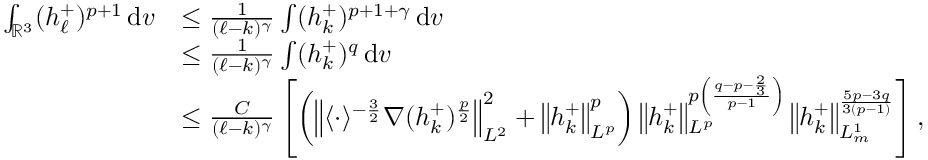
\begin{array} { r l } { \int _ { \ensuremath { { \mathbb R } } ^ { 3 } } ( h _ { \ell } ^ { + } ) ^ { p + 1 } \, \mathrm { d } v } & { \leq \frac { 1 } { ( \ell - k ) ^ { \gamma } } \int ( h _ { k } ^ { + } ) ^ { p + 1 + \gamma } \, \mathrm { d } v } \\ & { \leq \frac { 1 } { ( \ell - k ) ^ { \gamma } } \int ( h _ { k } ^ { + } ) ^ { q } \, \mathrm { d } v } \\ & { \leq \frac { C } { ( \ell - k ) ^ { \gamma } } \left[ \left( \left\| \langle \cdot \rangle ^ { - \frac { 3 } { 2 } } \nabla ( h _ { k } ^ { + } ) ^ { \frac { p } { 2 } } \right\| _ { L ^ { 2 } } ^ { 2 } + \left\| h _ { k } ^ { + } \right\| _ { L ^ { p } } ^ { p } \right) \left\| h _ { k } ^ { + } \right\| _ { L ^ { p } } ^ { p \left( \frac { q - p - \frac { 2 } { 3 } } { p - 1 } \right) } \left\| h _ { k } ^ { + } \right\| _ { L _ { m } ^ { 1 } } ^ { { { \frac { 5 p - 3 q } { 3 ( p - 1 ) } } } } \right] , } \end{array}